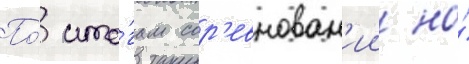
По́ ито́гам сор'евнован'ии на́